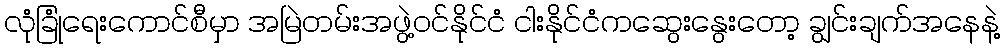
လုံခြုံရေးကောင်စီမှာ အမြဲတမ်းအဖွဲ့ဝင်နိုင်ငံ ငါးနိုင်ငံကဆွေးနွေးတော့ ချွင်းချက်အနေနဲ့